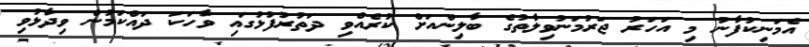
އެމަނިކުފާނު މި އަހަރު ޖަރުމަނުވިލާތުގެ ބާލިންއަށް ކުރެއްވި ދަތުރުފުޅުގައި ވާހަކަ ދައްކަމުން ވިދާޅުވި